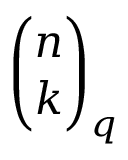
{ \binom { n } { k } } _ { q }